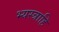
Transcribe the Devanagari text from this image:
भ्यस्त्राहि